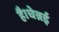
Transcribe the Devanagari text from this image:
है।चेन्नई